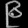
Digit: ၉